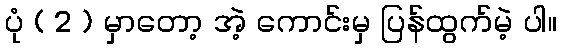
ပုံ ( 2 ) မှာတော့ အဲ့ ကောင်းမှ ပြန်ထွက်မဲ့ ပါ။